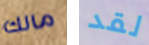
مالك لقد